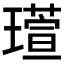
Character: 𪼘